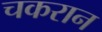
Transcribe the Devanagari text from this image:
चकरान